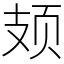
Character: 𫠆